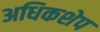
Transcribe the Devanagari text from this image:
अधिकशेप